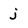
Character: j